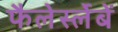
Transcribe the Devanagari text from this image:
फैलेर्स्लेबें